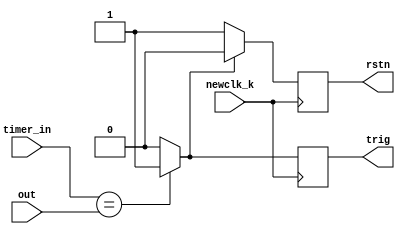
`timescale 1ns / 1ps
//////////////////////////////////////////////////////////////////////////////////
// Company: 
// Engineer: 
// 
// Design Name: 
// Module Name:    comparator 
// Project Name: 
// Target Devices: 
// Tool versions: 
// Description: 
//
// Dependencies: 
//
// Revision: 
// Revision 0.01 - File Created
// Additional Comments: 
//
//////////////////////////////////////////////////////////////////////////////////
module comparator ( trig, timer_in,rstn,out,newclk_k);
parameter word_size=8;
input [word_size-1:0] timer_in ,out;
input newclk_k;
output reg trig=1'b0;
//wire trig=1'b0;
output reg rstn=1'b1;

always@(posedge newclk_k) begin
//assign   trig = (timer_in == out)?1:0;
if(timer_in == out)begin
trig=1'b1;
end
else
trig=1'b0;
//assign rstn = (trig == 1)?0:1;
if(trig == 1'b1)begin
rstn=1'b0;
end
else
rstn=1'b1;
end
endmodule